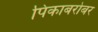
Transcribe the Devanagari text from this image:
पिकाबरोबर